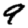
Digit: 9